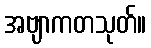
အဗျာကတသုတ်။